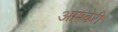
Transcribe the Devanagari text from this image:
आश्बेरी